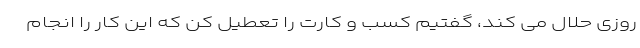
روزی حلال می کند، گفتیم کسب و کارت را تعطیل کن که این کار را انجام